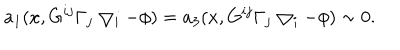
a _ { 1 } ( x , G ^ { i j } \Gamma _ { j } \bigtriangledown _ { i } - \phi ) = a _ { 3 } ( x , G ^ { i j } \Gamma _ { j } \bigtriangledown _ { i } - \phi ) \sim 0 .